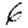
Digit: 6